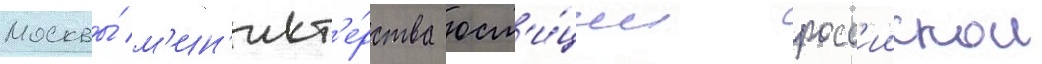
Москвы́ м'ин'ист'е́рства юст'и́ции росс'иискои